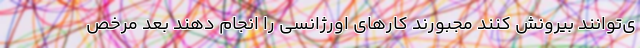
ی‌توانند بیرونش کنند مجبورند کارهای اورژانسی را انجام دهند بعد مرخص